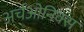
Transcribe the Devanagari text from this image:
अर्चओनिक्स